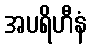
အပရိဟီနံ